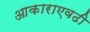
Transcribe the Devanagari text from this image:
आकाराएवढी